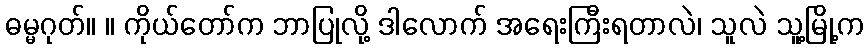
ဓမ္မဂုတ်။ ။ ကိုယ်တော်က ဘာပြုလို့ ဒါလောက် အရေးကြီးရတာလဲ၊ သူလဲ သူ့မြို့က